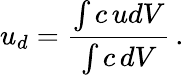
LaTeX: u_{d}=\frac{\int c\, udV}{\int c\, dV}\, .